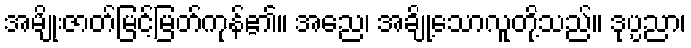
အမျိုးဇာတ်မြင့်မြတ်ကုန်၏။ အညေ၊ အချို့သောလူတို့သည်။ ဒုပ္ပညာ၊